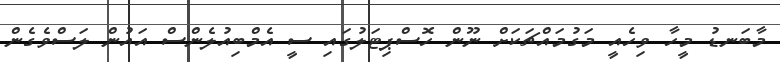
މާބަނޑު މީހާ ވިހެއީ މަގުމައްޗަކަށް ނޫން ހޮސްޕިޓަލުގައި ސީ އެމްބިއުލެންސް އައުން ލަސްވެގެން